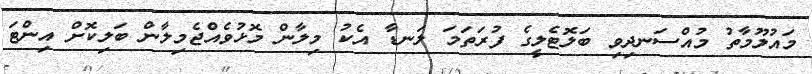
މައުލޫމާތު މުއްސަނދިވި ބަލޮޓެލީގެ ފުރަތަމަ ލަނޑާ އެކު މިލާން މޮޅުވެއްޖެމިލާން ބަލިކޮށް އިންޓަ